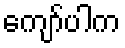
ကျော်ပါက